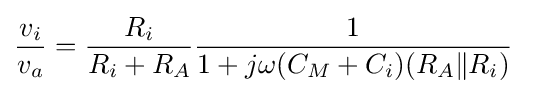
{\frac {v_{i}}{v_{a}}}={\frac {R_{i}}{R_{i}+R_{A}}}{\frac {1}{1+j\omega (C_{M}+C_{i})(R_{A}\|R_{i})}}\